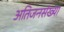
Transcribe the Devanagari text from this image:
अतिजनसंख्या